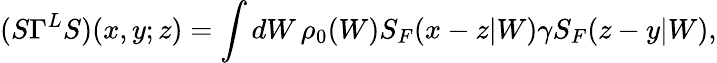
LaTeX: (S\Gamma^{L}S)(x,y;z)=\int dW\, \rho_{0}(W)S_{F}(x-z|W)\gamma S_{F}(z-y|W),